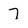
Character: 7